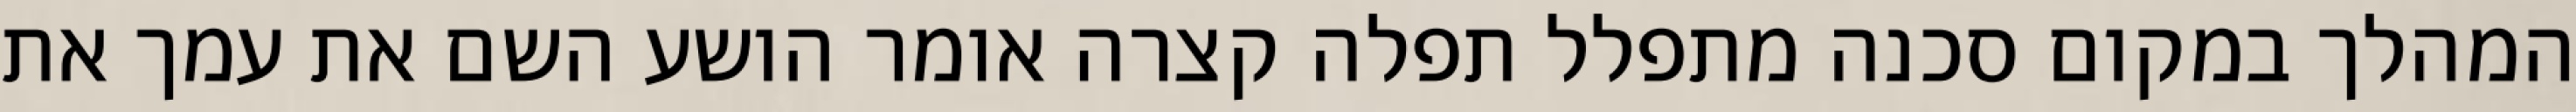
המהלך במקום סכנה מתפלל תפלה קצרה אומר הושע השם את עמך את